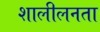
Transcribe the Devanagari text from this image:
शालीलनता